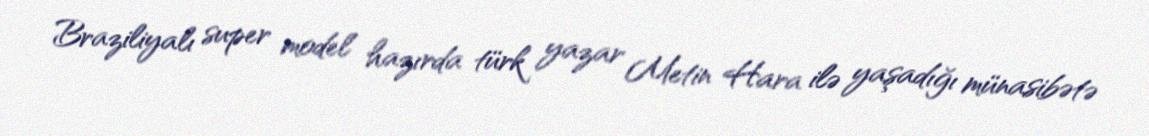
Braziliyalı super model hazırda türk yazar Metin Hara ilə yaşadığı münasibətə